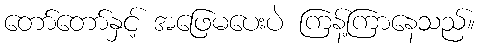
တော်တော်နှင့် အဖြေမပေးပဲ ကြန့်ကြာနေသည်။